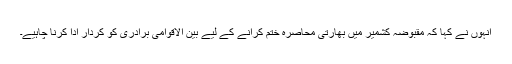
انہوں نے کہا کہ مقبوضہ کشمیر میں بھارتی محاصرہ ختم کرانے کے لیے بین الاقوامی برادری کو کردار ادا کرنا چاہیے۔